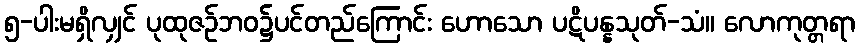
၅-ပါးမရှိလျှင် ပုထုဇဉ်ဘဝ၌ပင်တည်ကြောင်း ဟောသော ပဋိပန္နသုတ်-သံ။ လောကုတ္တရာ